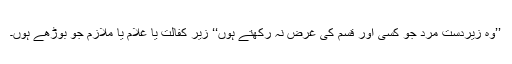
’’وہ زیردست مرد جو کسی اور قسم کی غرض نہ رکھتے ہوں‘‘ زیر کفالت یا غلام یا ملازم جو بوڑھے ہوں۔